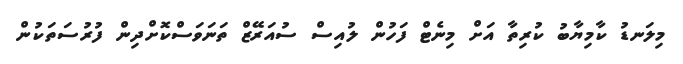
މިލަނޑު ކާމިޔާބު ކުރިތާ އަށް މިނެޓް ފަހުން ލުއިސް ސުއަރޭޒް ތަނަވަސްކޮށްދިން ފުރުސަތަކުން